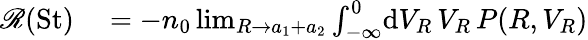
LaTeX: \begin{array}{rl}{\mathscr{R}({\mathrm{St}})}&{{}=-n_{0}\operatorname*{lim}_{R\to a_{1}+a_{2}}\int_{-\infty}^{0}\! \mathrm{d}V_{R}\, V_{R}\, P(R,V_{R})}\end{array}